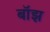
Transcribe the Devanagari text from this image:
बॉझ